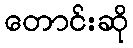
တောင်းဆို